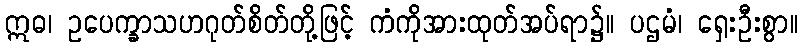
ဣဓ၊ ဥပေက္ခာသဟဂုတ်စိတ်တို့ဖြင့် ကံကိုအားထုတ်အပ်ရာ၌။ ပဌမံ၊ ရှေးဦးစွာ။